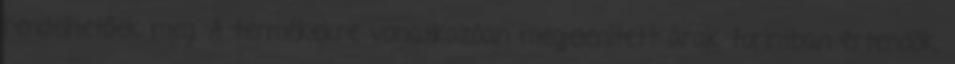
rendelhetőek meg. A termékekre vonatkozóan megjelenített árak forintban értendők,